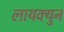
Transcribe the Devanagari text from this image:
लायक्युन